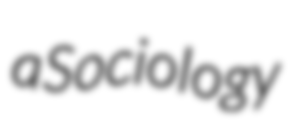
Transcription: a Sociology